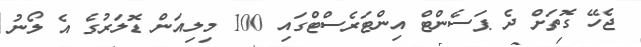
ޖެހޭ ގޮތަށް ދެ ޕަސެންޓް އިންޓަރެސްޓްގައި 100 މިލިއަން ޑޮލަރުގެ އެ ލޯނު